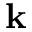
\mathbf { k }